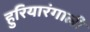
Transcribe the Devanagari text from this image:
हुरियारंगाली